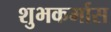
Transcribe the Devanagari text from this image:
शुभकर्मास